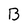
Character: B